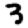
Digit: 3